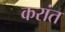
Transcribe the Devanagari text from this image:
करांत